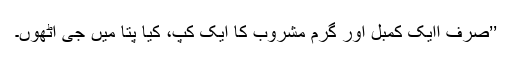
’’صرف اایک کمبل اور گرم مشروب کا ایک کپ، کیا پتا میں جی اٹھوں۔